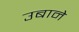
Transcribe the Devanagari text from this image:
उबाने